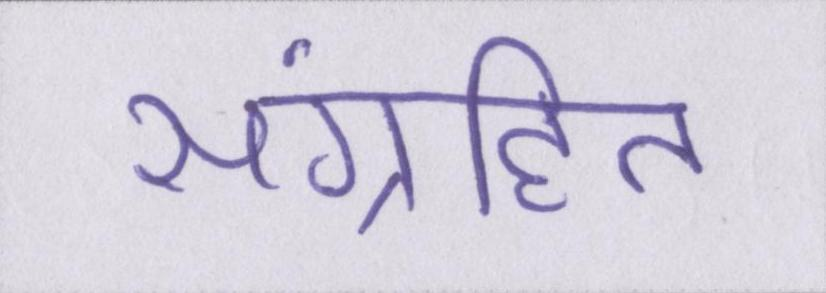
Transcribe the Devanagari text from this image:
संग्रहित